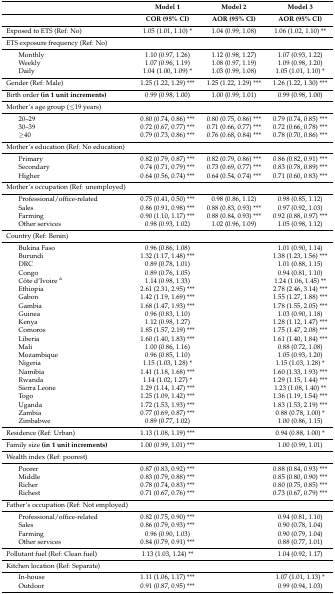
<table><thead><tr><td></td><td></td><td><b>Model 1</b></td><td><b>Model 2</b></td><td><b>Model 3</b></td></tr><tr><td></td><td></td><td><b>COR (95% CI)</b></td><td><b>AOR (95% CI)</b></td><td><b>AOR (95% CI)</b></td></tr></thead><tbody><tr><td colspan="2">Exposed to ETS (Ref: No)</td><td>1.05 (1.01, 1.10) *</td><td>1.04 (0.99, 1.08)</td><td>1.06 (1.02, 1.10) **</td></tr><tr><td colspan="2">ETS exposure frequency (Ref: No)</td><td></td><td></td><td></td></tr><tr><td></td><td>Monthly</td><td>1.10 (0.97, 1.26)</td><td>1.12 (0.98, 1.27)</td><td>1.07 (0.93, 1.22)</td></tr><tr><td></td><td>Weekly</td><td>1.07 (0.96, 1.19)</td><td>1.08 (0.97, 1.19)</td><td>1.09 (0.98, 1.20)</td></tr><tr><td></td><td>Daily</td><td>1.04 (1.00, 1.09) *</td><td>1.03 (0.99, 1.08)</td><td>1.05 (1.01, 1.10) *</td></tr><tr><td colspan="2">Gender (Ref: Male)</td><td>1.25 (1.22, 1.29) ***</td><td>1.25 (1.22, 1.29) ***</td><td>1.26 (1.22, 1.30) ***</td></tr><tr><td colspan="2">Birth order <b>(in 1 unit increments)</b></td><td>0.99 (0.98, 1.00)</td><td>1.00 (0.99, 1.01)</td><td>0.99 (0.98, 1.00)</td></tr><tr><td colspan="2">Mother’s age group (≤19 years)</td><td></td><td></td><td></td></tr><tr><td></td><td>20–29</td><td>0.80 (0.74, 0.86) ***</td><td>0.80 (0.75, 0.86) ***</td><td>0.79 (0.74, 0.85) ***</td></tr><tr><td></td><td>30–39</td><td>0.72 (0.67, 0.77) ***</td><td>0.71 (0.66, 0.77) ***</td><td>0.72 (0.66, 0.78) ***</td></tr><tr><td></td><td>≥40</td><td>0.79 (0.73, 0.86) ***</td><td>0.76 (0.68, 0.84) ***</td><td>0.78 (0.70, 0.86) ***</td></tr><tr><td colspan="2">Mother’s education (Ref: No education)</td><td></td><td></td><td></td></tr><tr><td></td><td>Primary</td><td>0.82 (0.79, 0.87) ***</td><td>0.82 (0.79, 0.86) ***</td><td>0.86 (0.82, 0.91) ***</td></tr><tr><td></td><td>Secondary</td><td>0.74 (0.71, 0.79) ***</td><td>0.73 (0.69, 0.77) ***</td><td>0.83 (0.78, 0.89) ***</td></tr><tr><td></td><td>Higher</td><td>0.64 (0.56, 0.74) ***</td><td>0.64 (0.54, 0.74) ***</td><td>0.71 (0.60, 0.83) ***</td></tr><tr><td colspan="2">Mother’s occupation (Ref: unemployed)</td><td></td><td></td><td></td></tr><tr><td></td><td>Professional/office-related</td><td>0.75 (0.41, 0.50) ***</td><td>0.98 (0.86, 1.12)</td><td>0.98 (0.85, 1.12)</td></tr><tr><td></td><td>Sales</td><td>0.86 (0.91, 0.98) ***</td><td>0.88 (0.83, 0.93) ***</td><td>0.97 (0.92, 1.03)</td></tr><tr><td></td><td>Farming</td><td>0.90 (1.10, 1.17) ***</td><td>0.88 (0.84, 0.93) ***</td><td>0.92 (0.88, 0.97) ***</td></tr><tr><td></td><td>Other services</td><td>0.98 (0.93, 1.02)</td><td>1.02 (0.96, 1.09)</td><td>1.05 (0.98, 1.12)</td></tr><tr><td colspan="2">Country (Ref: Benin)</td><td></td><td></td><td></td></tr><tr><td></td><td>Bukina Faso</td><td>0.96 (0.86, 1.08)</td><td></td><td>1.01 (0.90, 1.14)</td></tr><tr><td></td><td>Burundi</td><td>1.32 (1.17, 1.48) ***</td><td></td><td>1.38 (1.23, 1.56) ***</td></tr><tr><td></td><td>DRC</td><td>0.89 (0.78, 1.01)</td><td></td><td>1.01 (0.88, 1.15)</td></tr><tr><td></td><td>Congo</td><td>0.89 (0.76, 1.05)</td><td></td><td>0.94 (0.81, 1.10)</td></tr><tr><td></td><td>Côte d’Ivoire <sup>a</sup></td><td>1.14 (0.98, 1.33)</td><td></td><td>1.24 (1.06, 1.45) **</td></tr><tr><td></td><td>Ethiopia</td><td>2.61 (2.31, 2.95) ***</td><td></td><td>2.78 (2.46, 3.14) ***</td></tr><tr><td></td><td>Gabon</td><td>1.42 (1.19, 1.69) ***</td><td></td><td>1.55 (1.27, 1.88) ***</td></tr><tr><td></td><td>Gambia</td><td>1.68 (1.47, 1.93) ***</td><td></td><td>1.78 (1.55, 2.05) ***</td></tr><tr><td></td><td>Guinea</td><td>0.96 (0.83, 1.10)</td><td></td><td>1.03 (0.90, 1.18)</td></tr><tr><td></td><td>Kenya</td><td>1.12 (0.98, 1.27)</td><td></td><td>1.28 (1.12, 1.47) ***</td></tr><tr><td></td><td>Comoros</td><td>1.85 (1.57, 2.19) ***</td><td></td><td>1.75 (1.47, 2.08) ***</td></tr><tr><td></td><td>Liberia</td><td>1.60 (1.40, 1.83) ***</td><td></td><td>1.61 (1.40, 1.84) ***</td></tr><tr><td></td><td>Mali</td><td>1.00 (0.86, 1.16)</td><td></td><td>0.88 (0.72, 1.08)</td></tr><tr><td></td><td>Mozambique</td><td>0.96 (0.85, 1.10)</td><td></td><td>1.05 (0.93, 1.20)</td></tr><tr><td></td><td>Nigeria</td><td>1.15 (1.03, 1.28) *</td><td></td><td>1.15 (1.03, 1.28) *</td></tr><tr><td></td><td>Namibia</td><td>1.41 (1.18, 1.68) ***</td><td></td><td>1.60 (1.33, 1.93) ***</td></tr><tr><td></td><td>Rwanda</td><td>1.14 (1.02, 1.27) *</td><td></td><td>1.29 (1.15, 1.44) ***</td></tr><tr><td></td><td>Sierra Leone</td><td>1.29 (1.14, 1.47) ***</td><td></td><td>1.23 (1.08, 1.40) **</td></tr><tr><td></td><td>Togo</td><td>1.25 (1.09, 1.42) ***</td><td></td><td>1.36 (1.19, 1.54) ***</td></tr><tr><td></td><td>Uganda</td><td>1.72 (1.53, 1.93) ***</td><td></td><td>1.83 (1.53, 2.19) ***</td></tr><tr><td></td><td>Zambia</td><td>0.77 (0.69, 0.87) ***</td><td></td><td>0.88 (0.78, 1.00) *</td></tr><tr><td></td><td>Zimbabwe</td><td>0.89 (0.77, 1.02)</td><td></td><td>1.00 (0.86, 1.15)</td></tr><tr><td colspan="2">Residence (Ref: Urban)</td><td>1.13 (1.08, 1.19) ***</td><td></td><td>0.94 (0.88, 1.00) *</td></tr><tr><td colspan="2">Family size <b>(in 1 unit increments)</b></td><td>1.00 (0.99, 1.01) ***</td><td></td><td>1.00 (0.99, 1.01)</td></tr><tr><td colspan="2">Wealth index (Ref: poorest)</td><td></td><td></td><td></td></tr><tr><td></td><td>Poorer</td><td>0.87 (0.83, 0.92) ***</td><td></td><td>0.88 (0.84, 0.93) ***</td></tr><tr><td></td><td>Middle</td><td>0.83 (0.79, 0.88) ***</td><td></td><td>0.85 (0.80, 0.90) ***</td></tr><tr><td></td><td>Richer</td><td>0.78 (0.74, 0.83) ***</td><td></td><td>0.80 (0.75, 0.85) ***</td></tr><tr><td></td><td>Richest</td><td>0.71 (0.67, 0.76) ***</td><td></td><td>0.73 (0.67, 0.79) ***</td></tr><tr><td colspan="2">Father’s occupation (Ref: Not employed)</td><td></td><td></td><td></td></tr><tr><td></td><td>Professional/office-related</td><td>0.82 (0.75, 0.90) ***</td><td></td><td>0.94 (0.81, 1.10)</td></tr><tr><td></td><td>Sales</td><td>0.86 (0.79, 0.93) ***</td><td></td><td>0.90 (0.78, 1.04)</td></tr><tr><td></td><td>Farming</td><td>0.96 (0.90, 1.03)</td><td></td><td>0.90 (0.79, 1.04)</td></tr><tr><td></td><td>Other services</td><td>0.84 (0.79, 0.91) ***</td><td></td><td>0.88 (0.77, 1.01)</td></tr><tr><td colspan="2">Pollutant fuel (Ref: Clean fuel)</td><td>1.13 (1.03, 1.24) **</td><td></td><td>1.04 (0.92, 1.17)</td></tr><tr><td colspan="2">Kitchen location (Ref: Separate)</td><td></td><td></td><td></td></tr><tr><td></td><td>In-house</td><td>1.11 (1.06, 1.17) ***</td><td></td><td>1.07 (1.01, 1.13) *</td></tr><tr><td></td><td>Outdoor</td><td>0.91 (0.87, 0.95) ***</td><td></td><td>0.99 (0.94, 1.03)</td></tr></tbody></table>